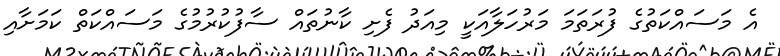
އެ މަސައްކަތުގެ ފުރަތަމަ މަރުހަލާއަކީ މިއަދު ފެށި ކާނުތައް ސާފުކުރުމުގެ މަސައްކަތް ކަމަށާއި